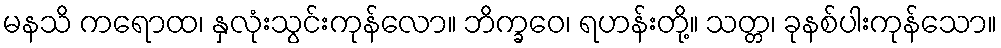
မနသိ ကရောထ၊ နှလုံးသွင်းကုန်လော။ ဘိက္ခဝေ၊ ရဟန်းတို့။ သတ္တ၊ ခုနစ်ပါးကုန်သော။